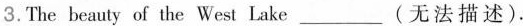
3.The beauty of the West Lake_(无法描述).